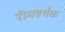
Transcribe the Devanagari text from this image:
रॊमहर्षक